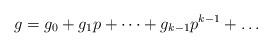
LaTeX: \begin{align*} g = g_0 + g_1 p + \dots + g_{k - 1} p^{k-1} + \dots \end{align*}